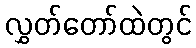
လွှတ်တော်ထဲတွင်